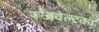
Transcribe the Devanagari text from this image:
रूजवेल्टका